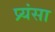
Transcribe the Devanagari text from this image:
प्र्यंसा